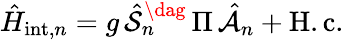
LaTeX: \hat{H}_{\mathrm{int},n}=g\, \hat{\mathcal{S}}_{n}^{\dag}\, \Pi\, \hat{\mathcal{A}}_{n}+\mathrm{H.c.}